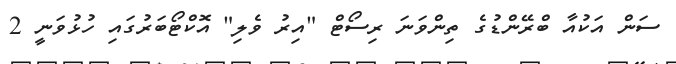
ސަން އަކުއާ ބްރޭންޑުގެ ތިންވަނަ ރިސޯޓް "އިރު ވެލި" އޮކްޓޯބަރުގައި ހުޅުވަނީ 2